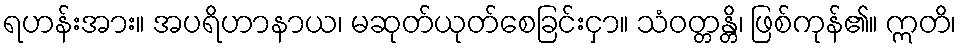
ရဟန်းအား။ အပရိဟာနာယ၊ မဆုတ်ယုတ်စေခြင်းငှာ။ သံဝတ္တန္တိ၊ ဖြစ်ကုန်၏။ ဣတိ၊